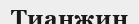
Тианжин